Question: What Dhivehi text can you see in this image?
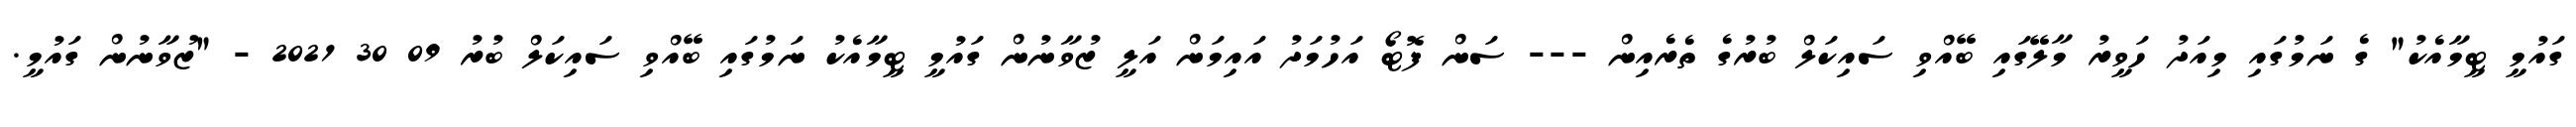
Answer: ގައުމީ ޓީމާއެކު" ގެ ނަމުގައި މިއަދު ހަވީރު މާލޭގައި ބޭއްވި ސައިކަލް ބުރުގެ ތެރެއިން --- ސަން ފޮޓޯ އަހުމަދު އައިމަން އަލީ ޒުވާނުން ގައުމީ ޓީމާއެކު ނަމުގައި ބޭއްވި ސައިކަލް ބުރު 09 30 2021 - "ޒުވާނުން ގައުމީ.